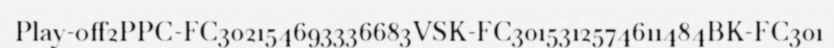
Play-off2PPC-FC302154693336683VSK-FC3015312574611484BK-FC301